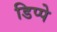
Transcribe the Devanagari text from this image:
डिप्पे